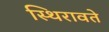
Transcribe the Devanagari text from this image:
स्थिरावते